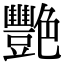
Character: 艷